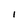
Character: I